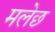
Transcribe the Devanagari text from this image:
मलेछ